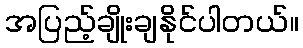
အပြည့်ချိုးချနိုင်ပါတယ်။